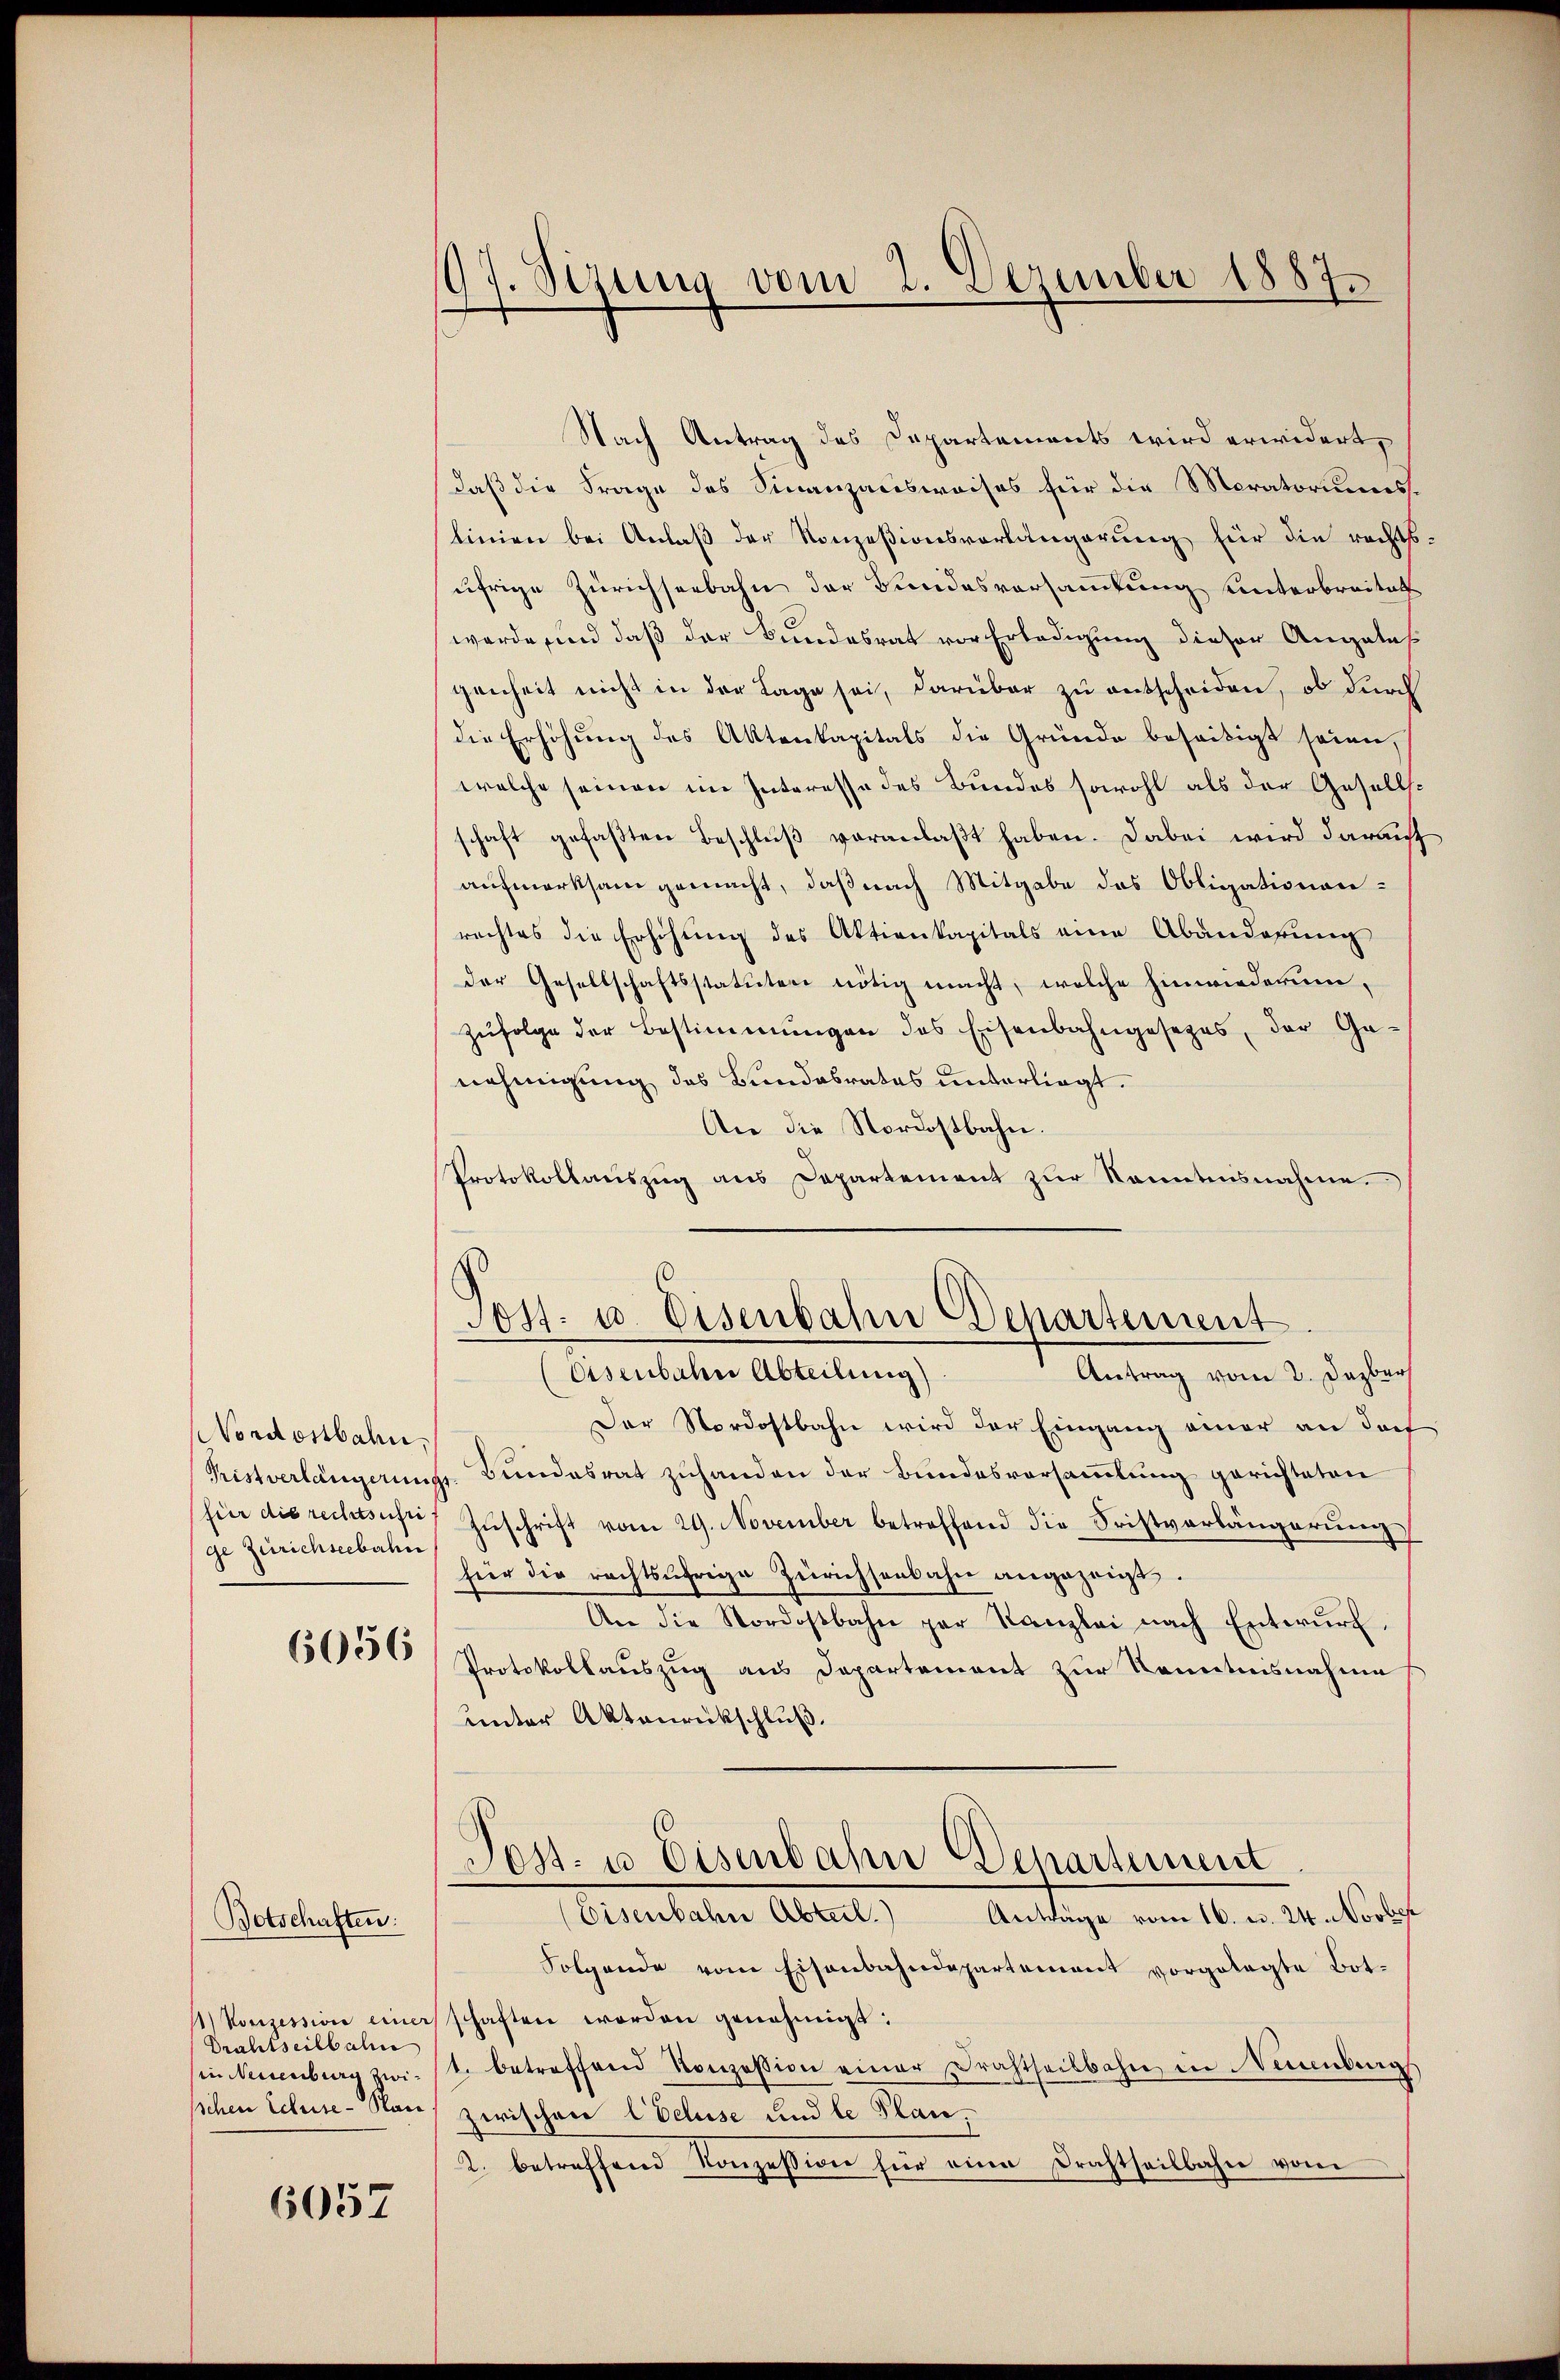
Nordostbahn.
ge Zürichseebahn

6056

Botschaften:

Drahtseilbahn

6057

Nach Antrag des Departements wird erwidert,
daß die Frage des Sinanzausweises für die Moratoriumslinien bei Anlaß der Konzesionsvorlängerung für die rechts
ufrige Zürichseebahn der Bundesvorsammlung unterbreitat
werde sind daß der Bundesrat vor Erledigung dieser Angeles
genheit nicht in der Lage sei, darüber zu entscheiden, ob durch
die Erhöhung des Aktenkapitals die Gründe beseitigt seien,
welche seinen im Interesse des Bundes sowohl als der Gesellsschaft gefaßten Beschluß veranlaßt haben. Dabei wird darauf
aufmerksam gemacht, daß nach Mitgabe des Obligationenrechtes die Erhöhŭng des Aktienkapitals eine Abanderung
der Gesellschaftsstatuten nötig macht, welche hinwiederum,
zŭfolge der Bestimmungen des Eisenbahngesezes, der Ge-
nehmigung des Bundesrates unterliegt.
An die Nordostbahn.
Protokollauszug aus Departement zŭr Kenntnisnahme.
Post- u. Eisenbahn Departement
eisenbahn Abteilung)
Antrag vom 2. Dazber
Der Nordostbahn wird der Eingang einer an dorf
Pristverlängerungs- Bundesrat zuhanden der Bundesvorsammlung gerichteten
(für die rechtsufi) Zuschrift vom 29. November betreffend die Fristverlängerung
für die rechtsährige Zürichsenbahn angezeigt.
An die Nordostbahn par Kanzlei nach Entwŭrf.
Protokollauszug aus Departement zur Kenntnisnahme
unter Aktenrückschluß.
Post- u. Eisenbahn Departement
(Eisenbahn Abteil.
Anträge vom 16. u. 24. Novber
Folgende vom Eisenbahndepartement vorgelegte Bot¬
 Konzession eines schaften worden genehmigt:
sinkenenberg zwit. betreffend Konzession einer Drahtseitbahn in Neuenburg
sschen Schie-Nau) zwischen Abeluse und le Plan
2. betreffend Konzession für eine Drahtheilbahn vom

197. Sizung vom 2. Dezember 1887.